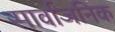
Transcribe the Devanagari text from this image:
सार्वाजनिक